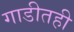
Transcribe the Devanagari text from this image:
गाडीतही